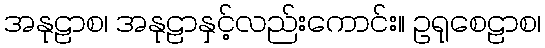
အနုဠာစ၊ အနုဠာနှင့်လည်းကောင်း။ ဥရုစေဠာစ၊